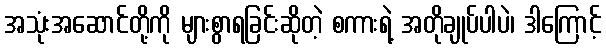
အသုံးအဆောင်တို့ကို များစွာရခြင်းဆိုတဲ့ စကားရဲ့ အတိုချုပ်ပါပဲ၊ ဒါကြောင့်